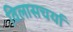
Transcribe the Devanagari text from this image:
विलासचर्या